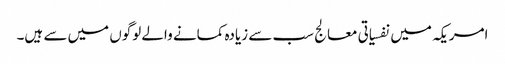
امریکہ میں نفسیاتی معالج سب سے زیادہ کمانے والے لوگوں میں سے ہیں۔